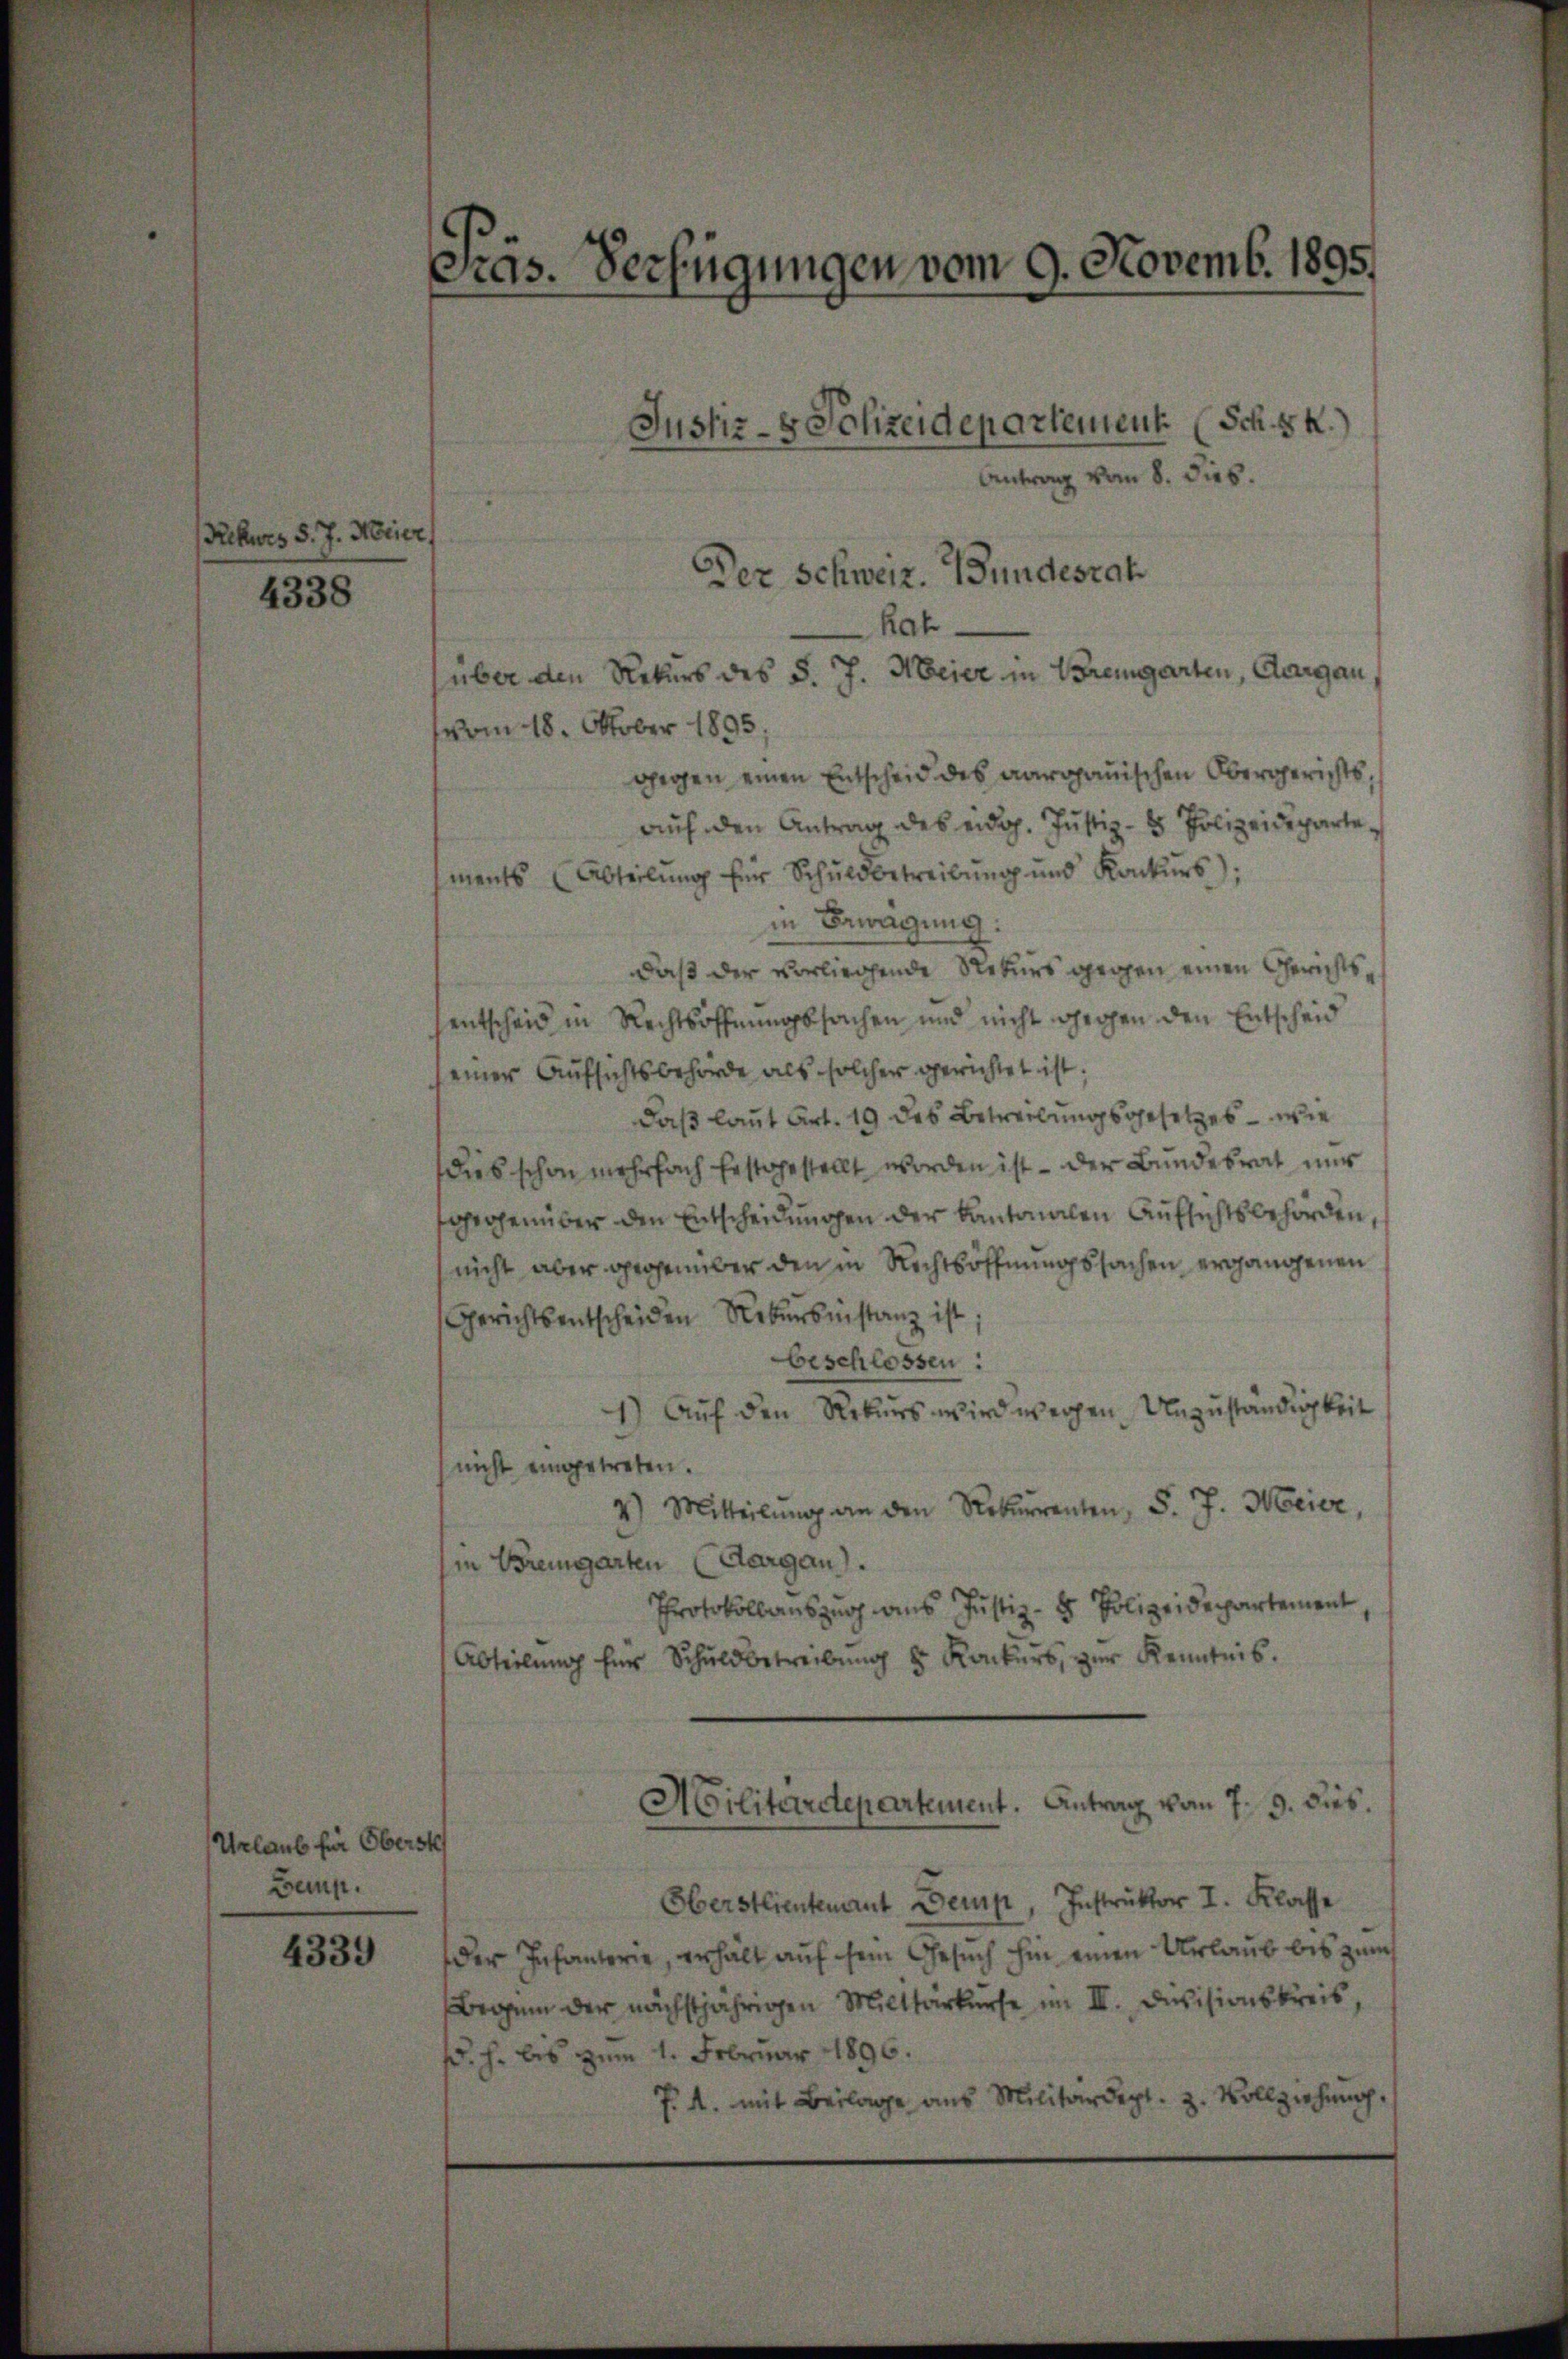
Rickers d. J. Moricz

4338

Urlaub für Oberste
Ben.

4339

Prÿs. Verfügungen vom 9. Novemb. 1895

Antrag vom 8. dies.
Der Schweiz. Bundesrat
Rat.
über den Rekurs des d. J. Meier in Bremgarten, Aargau
vom 18. Oktober 1895.
gegen einen Entscheid des aargauischen Obergerichts,
aŭf den Antrag des eidg. Justiz- & Polizeideparte
ments (Abteilŭng für Schuldbetreibŭng und Konkŭrs);
in Bewegung:
daß der vorliegende Rekurs gegen einen Gerichtsentscheid in Rechtsoffnungssachen und nicht großen den Entscheid
seiner Aufsichtsbehörde als solcher gerichtet ist.
daß laut Art. 19 des Betreibungsgesetzes – wie
dies schon mehrfach festgestellt worden ist – der Bundesrat nur
sgegenüber den Entscheidungen der Kantonalen Aufsichtsbehörden,
nicht aber gegenüber den in Rechtsöffnungssachen ergangenen
Gerichtsentscheiden Rekursinstanz ist
beschlossen:
1.) Auf den Rekurs wird wegen Unzuständigkeit
(nicht eingetreten.
2) Mitteilŭng an den Rekurrenten, S. J. Weier,
(in Bremgarten (Aargau).
Protokollauszug aus Justiz- & Polizeidepartement
Abteilŭng für Schuldbetreibŭng & Rockers, zŭr Kenntnis.
Militärdepartement. Antrag vom 7. 9. dus.
Oberstlieutenant Demp, Instruktor I. Klasse
der Infanterie, erhält auf dem Gesuch hin einen Urlaub bis zum
Beginn der nächstjährigen Milttärkerse im III. Divisionskreis,
fr. h. bis zum 1. Februar 1896.
J. A. mit Beilage aus Militärdept. 3. Vollziehŭng.

Justiz- & Schreidepartement (Sch. Sk.)